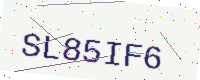
Text: SL85IF6